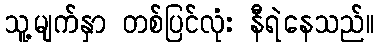
သူ့မျက်နှာ တစ်ပြင်လုံး နီရဲနေသည်။